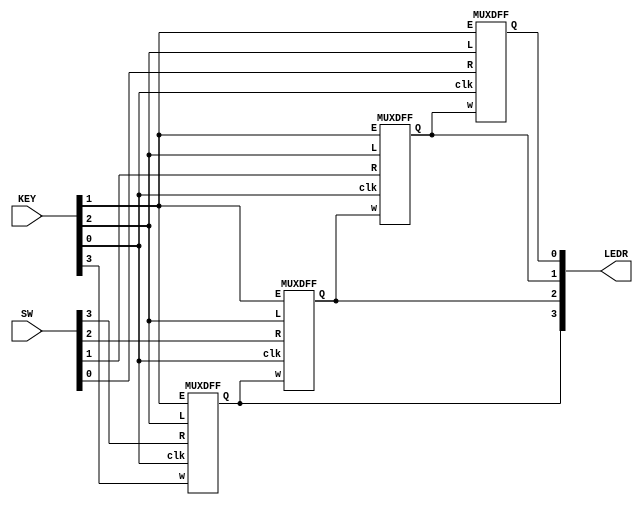
module top_module (
    input [3:0] SW,
    input [3:0] KEY,
    output [3:0] LEDR
); //

MUXDFF muxdff1 (KEY[0],KEY[3],SW[3],KEY[1],KEY[2],LEDR[3]);
MUXDFF muxdff2 (KEY[0],LEDR[3],SW[2],KEY[1],KEY[2],LEDR[2]);
MUXDFF muxdff3 (KEY[0],LEDR[2],SW[1],KEY[1],KEY[2],LEDR[1]);
MUXDFF muxdff4 (KEY[0],LEDR[1],SW[0],KEY[1],KEY[2],LEDR[0]);

endmodule
module MUXDFF (
    input clk,
    input w, R, E, L,
    output reg Q
);

reg a,d;

always @(*) begin

a = E ? w:Q;
d = L ? R:a;

end

always @(posedge clk) begin

Q<=d;

end


endmodule